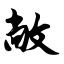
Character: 敞